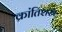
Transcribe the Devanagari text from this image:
क्रांतिशस्त्र